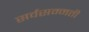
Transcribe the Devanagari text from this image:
सर्वसम्मती